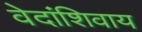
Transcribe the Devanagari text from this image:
वेदांशिवाय